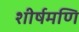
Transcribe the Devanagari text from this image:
शीर्षमणि